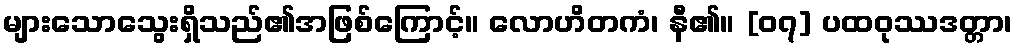
များသောသွေးရှိသည်၏အဖြစ်ကြောင့်။ လောဟိတကံ၊ နီ၏။ [၀၇] ပထဝုဿဒတ္တာ၊